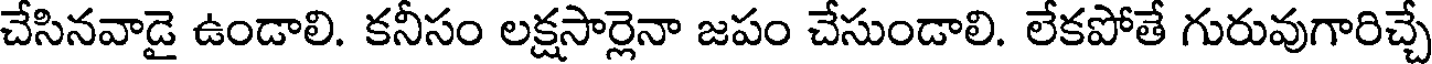
చేసినవాడై ఉండాలి. కనీసం లక్షసార్లెనా జపం చేసుండాలి. లేకపోతే గురువుగారిచ్చే